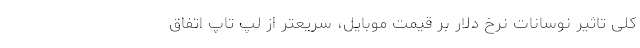
کلی تاثیر نوسانات نرخ دلار بر قیمت موبایل، سریعتر از لپ تاپ اتفاق